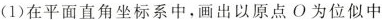
(1)在平面直角坐标系中，画出以原点O为位似中